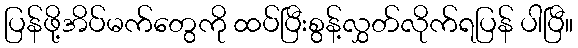
ပြန်ဖို့အိပ်မက်တွေကို ထပ်ပြီးစွန့်လွှတ်လိုက်ရပြန် ပါပြီ။